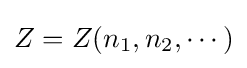
Z=Z(n_{1},n_{2},\cdots )